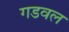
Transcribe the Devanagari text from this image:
गडवल